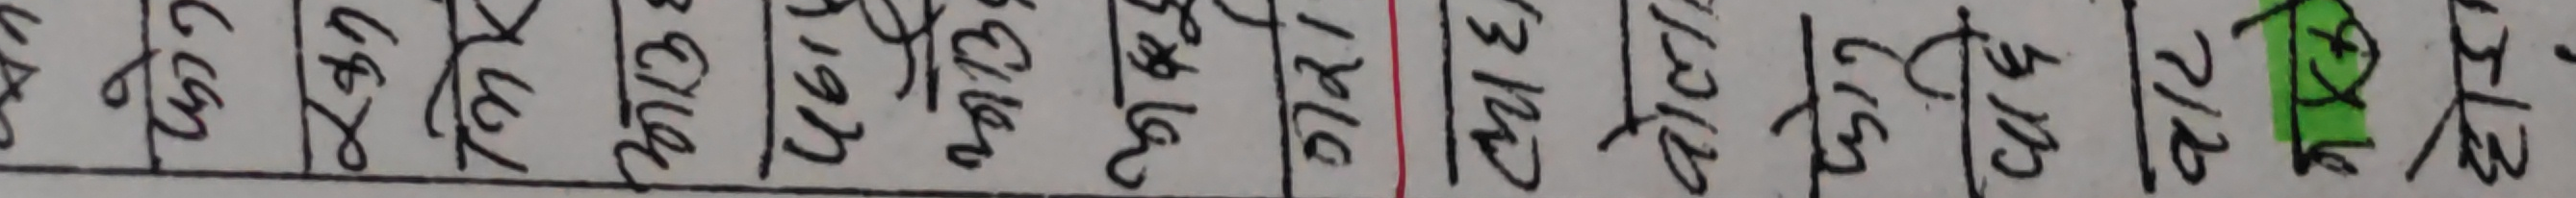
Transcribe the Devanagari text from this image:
२८१ ८८२ ८७२ २७२ २८३ ९७२ ४९२ १८२ ३८२ ३९२ ३९२ ३९२ २१२ २१२ २१२ २१२